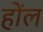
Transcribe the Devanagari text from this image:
होंल